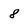
Character: 8